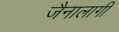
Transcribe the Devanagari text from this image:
जैनालागी